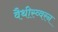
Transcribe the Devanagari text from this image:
वैथीस्व्वरन